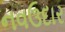
નવઉદાર